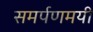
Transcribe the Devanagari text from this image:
समर्पणमयी